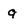
Character: q